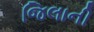
જિલાની